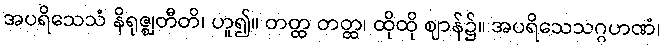
အပရိသေသံ နိရုဇ္ဈတီတိ၊ ဟူ၍။ တတ္ထ တတ္ထ၊ ထိုထို ဈာန်၌။ အပရိသေသဂ္ဂဟဏံ၊